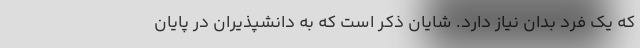
که یک فرد بدان نیاز دارد. شایان ذکر است که به دانشپذیران در پایان